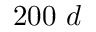
2 0 0 \ d